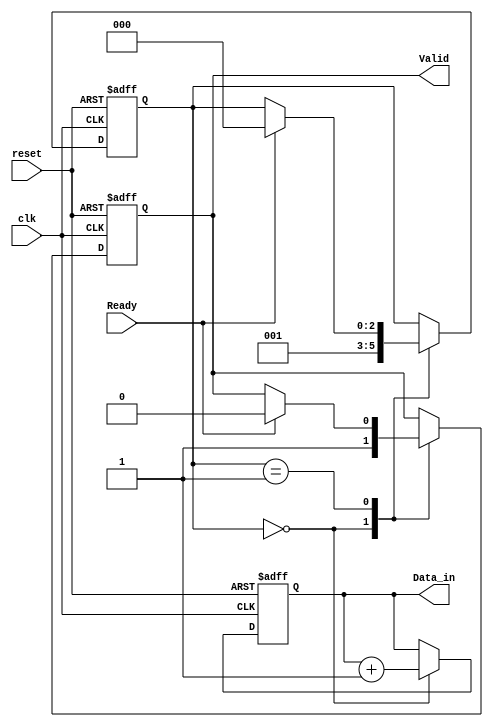
module producer (
    input wire clk,
    input wire reset,
    output reg [7:0] Data_in,   // 8-bit data input
    output reg Valid,           // Valid signal
    input wire Ready            // Ready signal from consumer
);
    // State management
    reg [2:0] state; // Simple state variable for producer
    localparam IDLE = 3'b000, SEND = 3'b001;

    always @(posedge clk or posedge reset) begin
        if (reset) begin
            Data_in <= 8'b0;
            Valid <= 1'b0;
            state <= IDLE;
        end else begin
            case (state)
                IDLE: begin
                    // Generate new data
                    Data_in <= Data_in + 1; // Example data generation
                    Valid <= 1'b1; // Indicate data is valid
                    state <= SEND; // Move to SEND state
                end
                SEND: begin
                    if (Ready) begin
                        Valid <= 1'b0; // Deassert Valid after sending
                        state <= IDLE; // Go back to IDLE
                    end
                end
            endcase
        end
    end
endmodule